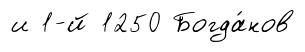
и 1-й 1250 Богда́нов